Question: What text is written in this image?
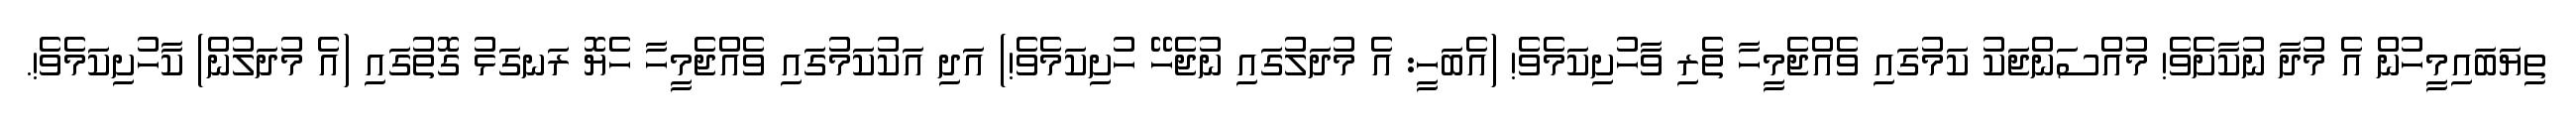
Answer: ތިޔަބައިމީހުން އެ މުދާ ނުކާށެވެ! މުއްސަންޖަކު ކަމުގައި ވެއްޖެމީހާ ތެރި ވާހުށިކަމެވެ! (އެބަހީ: އެ މުދަލުގައި ނުޖެހޭ ހުށިކަމެވެ!) އަދި އަކުކަމުގައި ވެއްޖެމީހާ ހެޔޮ ރަނގަޅު ގޮތުގައި (އެ މުދަލުން) ކާހުށިކަމެވެ!.